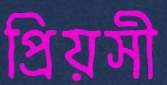
প্রিয়সী